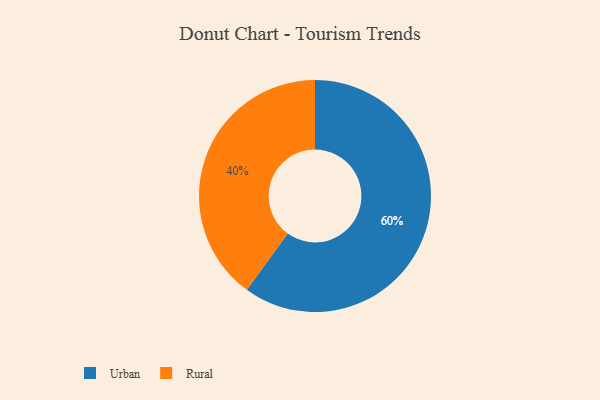
{"axis": {"x": "Category", "y": "Percentage"}, "legend": ["Rural", "Urban"], "data": [{"x": "Rural", "y": 40, "type": "Rural"}, {"x": "Urban", "y": 60, "type": "Urban"}]}